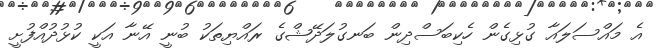
އެ މައްސަލައާ ގުޅިގެން ހެކިބަސްދިން ބަނގުލަދޭޝްގެ ރައްޔިތަކު ބުނީ އޭނާ އަކީ ކުޅުދުއްފުށީ